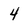
Character: 4